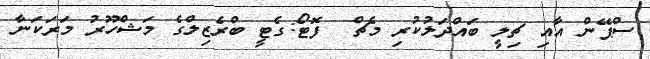
ސްޕޭން އާއި ޗިލީ ބައްދަލުކުރި މެޗް  ފޮޓޯ:ގެޓީ ބްރެޒިލްގެ މަޝްހޫރު މަރަކަނާ